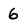
Character: 6